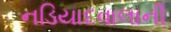
નડિયાદવાલાની